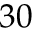
3 0